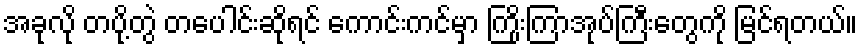
အခုလို တပို့တွဲ တပေါင်းဆိုရင် ကောင်းကင်မှာ ကြိုးကြာအုပ်ကြီးတွေကို မြင်ရတယ်။